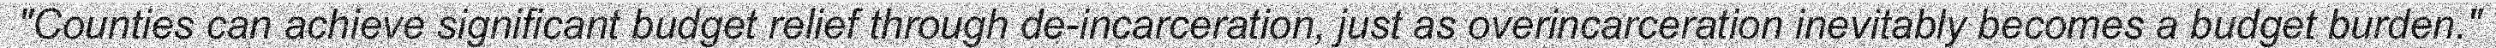
"Counties can achieve significant budget relief through de-incarceration, just as overincarceration inevitably becomes a budget burden."